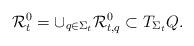
LaTeX: \begin{align*}\mathcal R^0_t=\cup_{q\in\Sigma_t}\mathcal R^0_{t,q}\subset T_{\Sigma_t} Q.\end{align*}